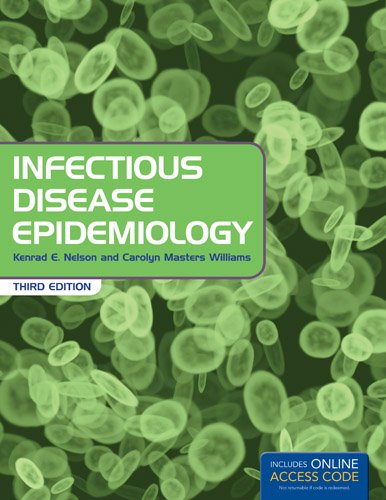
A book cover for Infectious Disease Epidemiology: Theory and Practice; Kenrad E. Nelson; Medical Books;